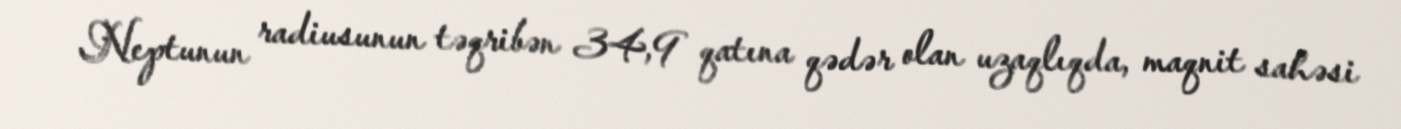
Neptunun radiusunun təqribən 34,9 qatına qədər olan uzaqlıqda, maqnit sahəsi